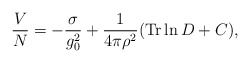
\begin{align*}\frac{V}{N}=-\frac{\sigma}{g_0^2}+\frac{1}{4\pi\rho^2}({\rm Tr} \ln D+ C),\end{align*}